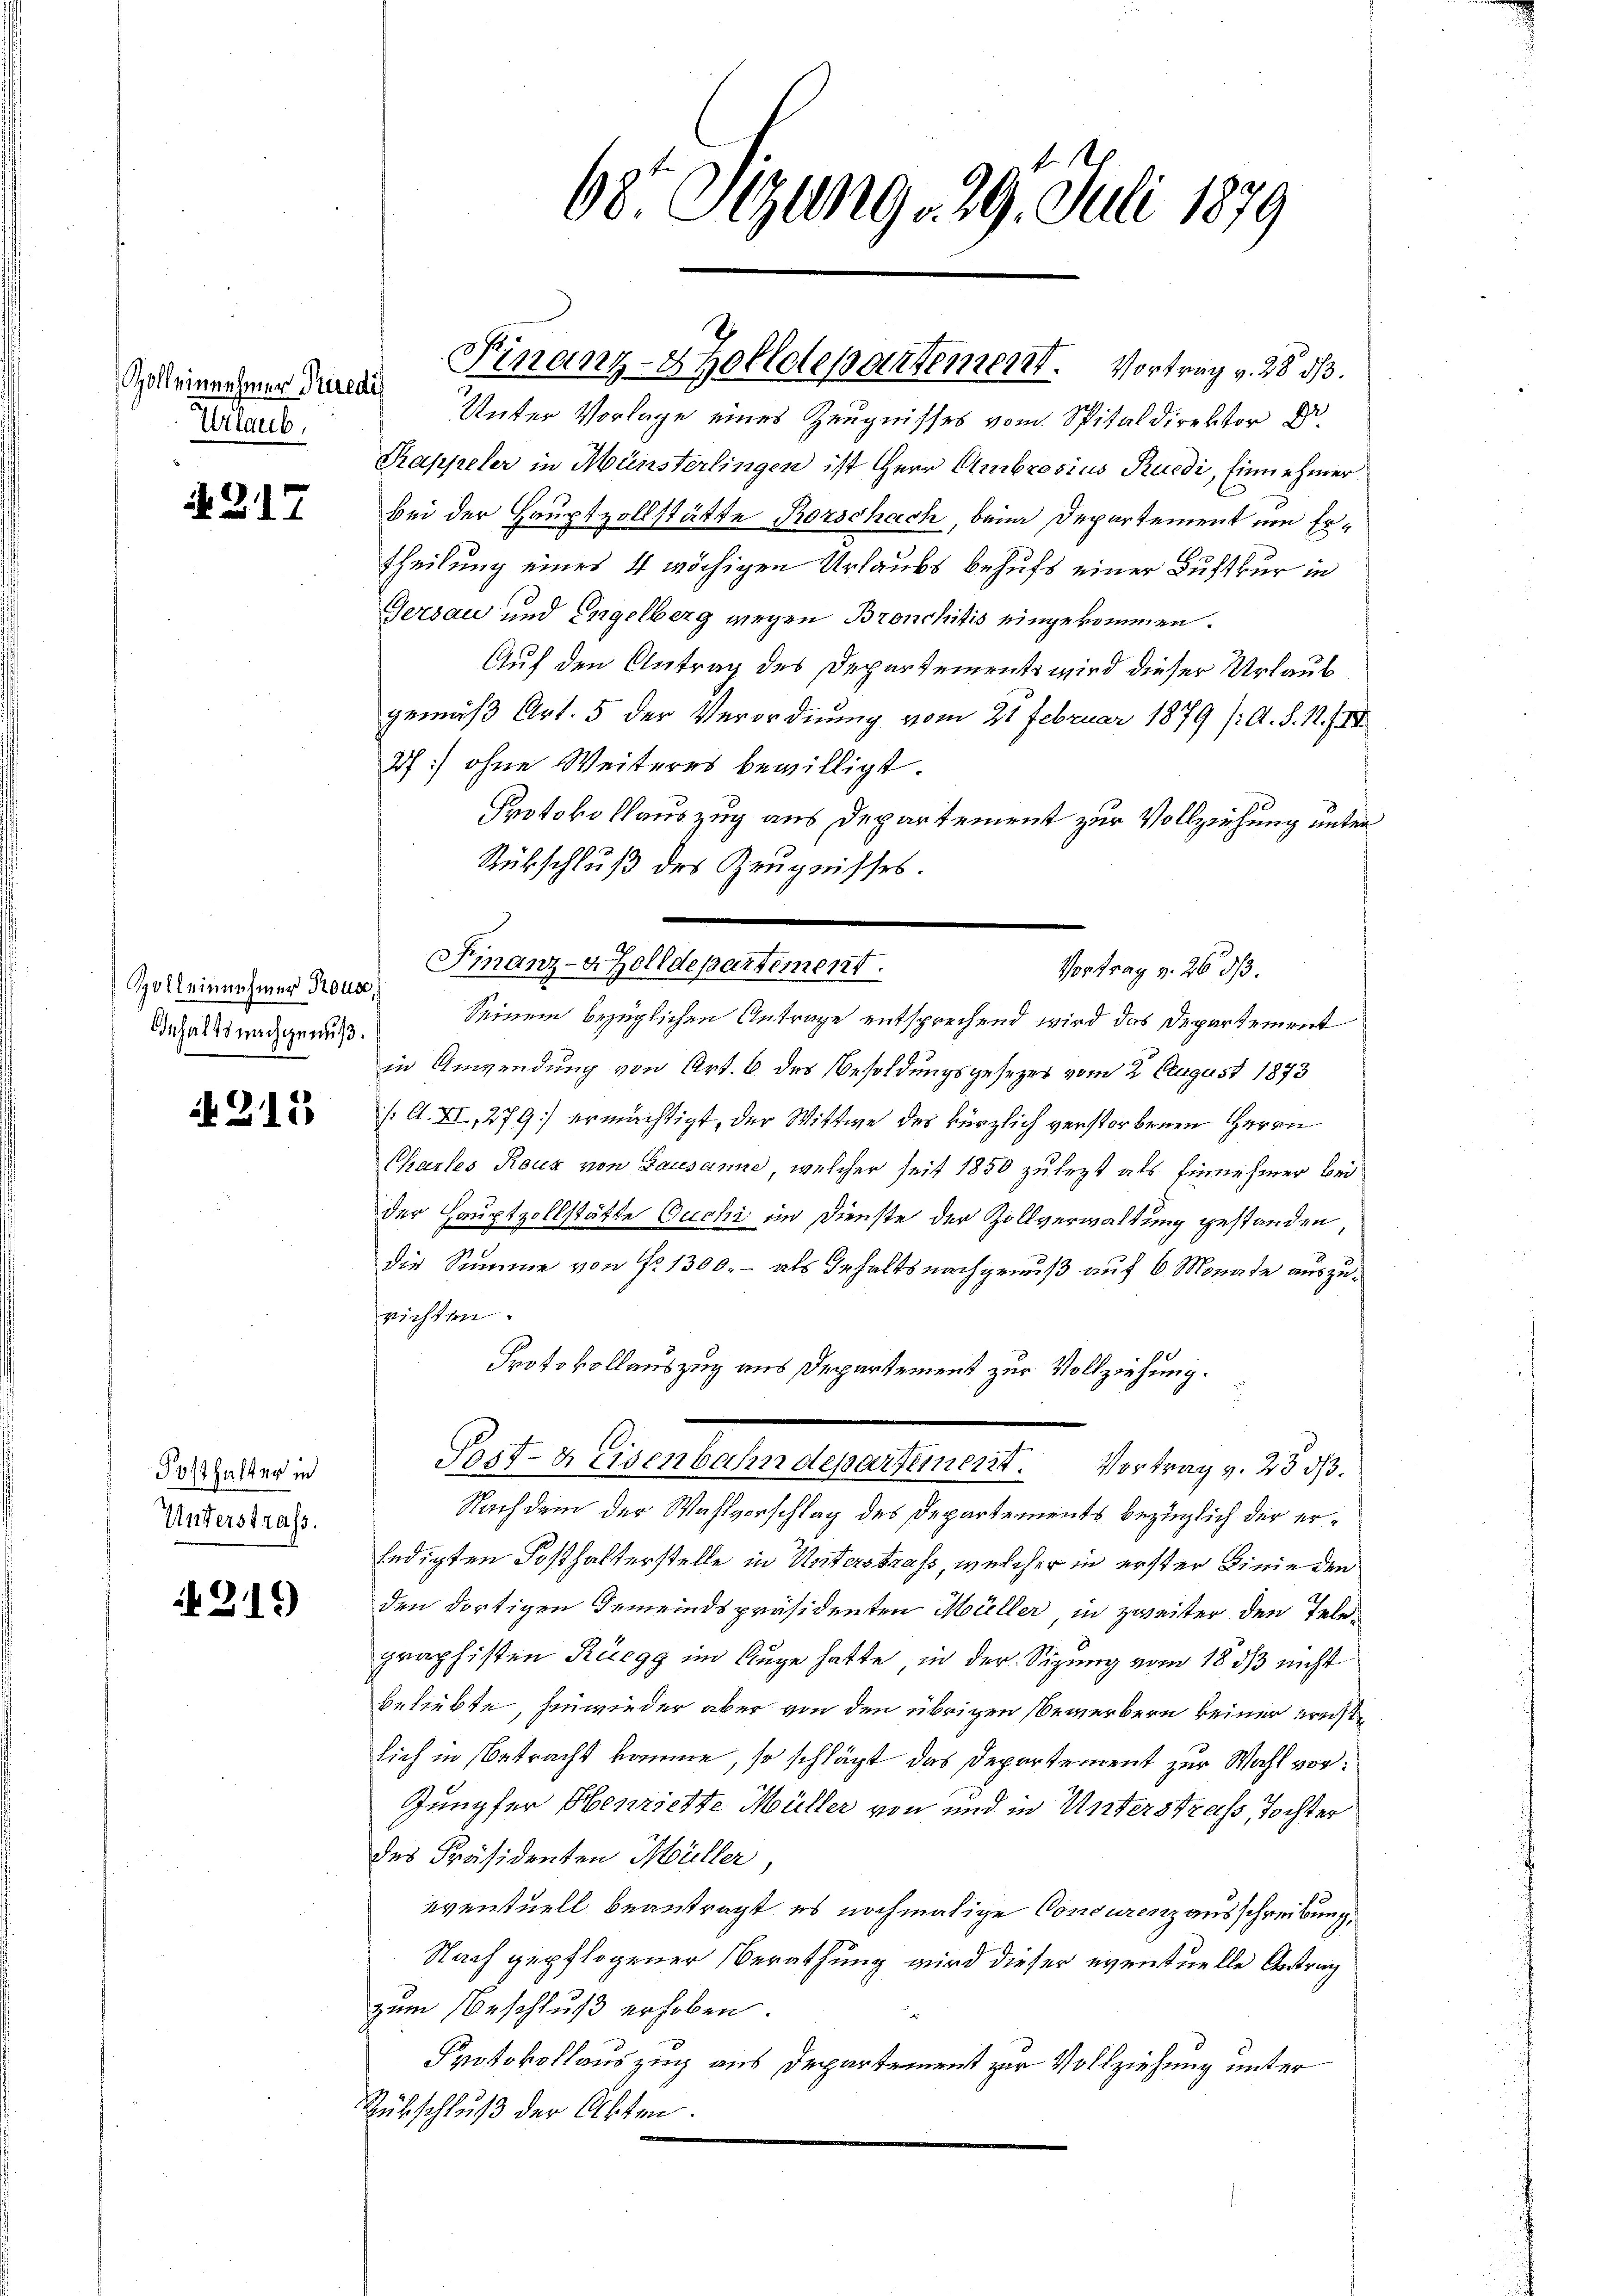
Zoll einnehmer Friedi
Urlaub,

N217

Zoll einnehmer Rouse,
Gehalts nachgenuß.

N 215

Posthalter in
Unterstraß.

219)

Unter Vorlage eines Zeugnisses vom Spitaldirektor Dr
Kappeler in Münsterlingen ist Herr Ambrosius Rüedi, Einnehmer
bei der Hauptzollstätte Rorschach, beim Departement um Ertheilung eines 4 wöchigen Urlaubs behufs einer Luftkur in
Gersau und Engelberg wegen Bronchitis eingekommen.
Auf den Antrag des Departements wird dieser Urlaub
gemäß Art. 5 der Verordnung vom 21 Februar 1879 /A. S. 12. IV
2f) ohne Weiteres bewilligt.
Protokollauszug aus Departement zur Vollziehung unter
Rübschluß des Zeugnisses.
Finanz-AZolldepartement.
Seinem bezüglichen Antrage entsprechend wird das Departement
in Anwendung von Art. 6 des Besoldungsgesezes vom 2. August 1873
/. A. XI, 279] ermächtigt, der Wittwe des kürzlich verstorbenen Herrn
Charles Reur von Lausanne, welcher seit 1850 zulezt als Einnehmer bei
der Hauptzollstätte Ouchi im Dienste der Zollverwaltung gestanden
die Summe von No 1300. - als Gehalts nachgenuß auf 6 Monate auszurichten.
Protokollauszug aus Departement zur Vollziehung.
Post- & Eisenbahndepartement. Vortrag v. 25 dß.
Nachdem der Wahlvorschlag des Departements bezüglich der erledigten Fosthalterstelle in Unterstraß, welcher in erster Linie den
den dortigen Gemeindspräsidenten Müller in zweiter den Tele-
graphisten Rüegg im Auge hatte, in der Sizung vom 18. 313 nicht
beliebte, hinwieder aber von den übrigen Bewerbern keiner ernstlich in Betracht komme, so schlägt das Departement zur Wahl vor¬
Jungfer Henriette Müller von und in Unterstrechs, Tochter
des Präsidenten Müller,
eventuell beantragt, es nochmalige Concurenzausschreibung.
Nach gepflogener Berathung wird dieser eventuelle Antrag
zum Beschluß erhoben
Protokollauszug aus Departement zur Vollziehung unter
Rückschluß der Akten.

Finanz-Kollolepartement. Vortrag v. 28 53.

68. Sizung 29. Juli 1879

Vortrag v. 26. d.